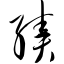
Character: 绩